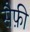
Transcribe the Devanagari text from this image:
सैफ़ी